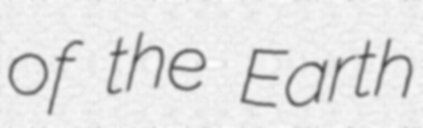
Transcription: of the Earth